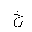
Letter: _kha